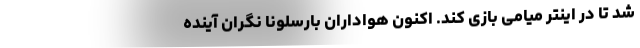
شد تا در اینتر میامی بازی کند. اکنون هواداران بارسلونا نگران آینده